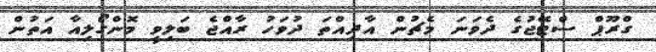
ގްރޫޕް ސްޓޭޖުގެ ދެވަނަ މެޗުން އާދިއްތަ ދުވަހު ރާއްޖެ ބަލިވީ މޮންގޯލިއާ އަތުން